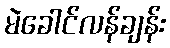
မဲခေါင်လန်ချန်း